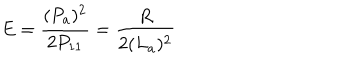
E = \frac { ( P _ { a } ) ^ { 2 } } { 2 P _ { 1 1 } } = \frac { R } { 2 ( L _ { a } ) ^ { 2 } }